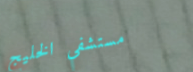
مستشفى الخليج